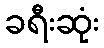
ခရီးဆုံး